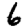
Digit: 6